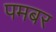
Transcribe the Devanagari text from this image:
पमबर